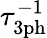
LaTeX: \tau_{\mathrm{{3ph}}}^{-1}